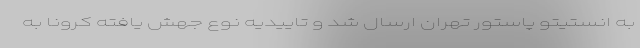
به انستیتو پاستور تهران ارسال شد و تاییدیه نوع جهش یافته کرونا به